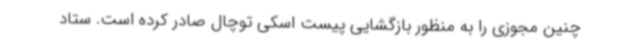
چنین مجوزی را به منظور بازگشایی پیست اسکی توچال صادر کرده است. ستاد